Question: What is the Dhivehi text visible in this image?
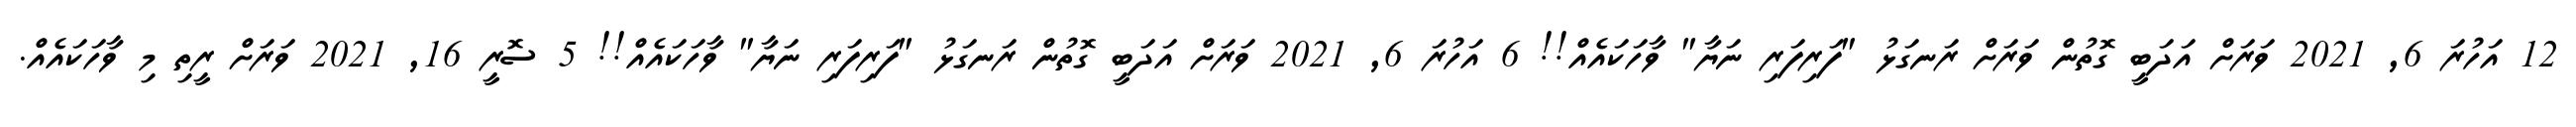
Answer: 12 އަހުރަ 6, 2021 ވަރަށް އަދަބީ ގޮތުން ވަރަށް ރަނގަޅު "ފަރިފަރި ނަޔާ" ވާހަކައެއް!! 6 އަހުރަ 6, 2021 ވަރަށް އަދަބީ ގޮތުން ރަނގަޅު "ފަރިފަރި ނަޔާ" ވާހަކައެއް!! 5 ސޮރީ 16, 2021 ވަރަށް ރީތި މި ވާހަކައެއް.